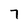
Character: 7